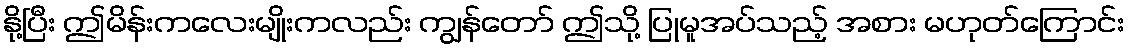
နို့ပြီး ဤမိန်းကလေးမျိုးကလည်း ကျွန်တော် ဤသို့ ပြုမူအပ်သည့် အစား မဟုတ်ကြောင်း